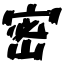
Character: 密